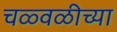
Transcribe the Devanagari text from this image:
चळ्वळीच्या